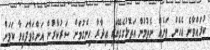
ކުރައްވާނެ އެހެން ތަނެއް ނެތުމުން އަތޮޅުގެގޭގައި އިދާރާ ހިންގުމަށް ސަރުކާރުން އަންގަވާފައިވާ ކަމަށް